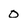
Character: 0